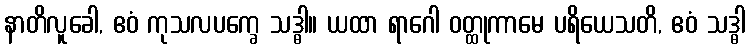
နာတိလူခေါ, ဧဝံ ကုသလပက္ခေ သဒ္ဓါ။ ယထာ ရာဂေါ ဝတ္ထုကာမေ ပရိယေသတိ, ဧဝံ သဒ္ဓါ